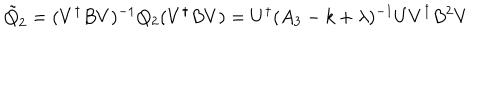
\tilde { Q } _ { 2 } = ( V ^ { \dagger } B V ) ^ { - 1 } Q _ { 2 } ( V ^ { \dagger } B V ) = U ^ { \dagger } ( A _ { 3 } - k + \lambda ) ^ { - 1 } U V ^ { \dagger } B ^ { 2 } V